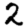
Digit: 2